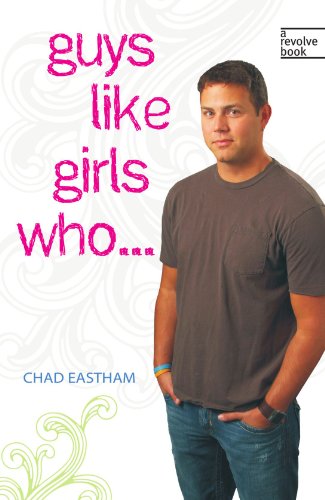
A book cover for Guys Like Girls Who . . . (Revolve Books); Chad Eastham; Teen & Young Adult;